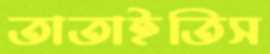
তাতাইতিস